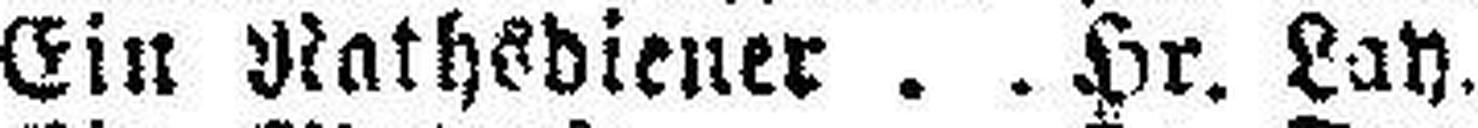
Ein Nathsdiener Hr. Lay.